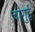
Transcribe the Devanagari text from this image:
चांगुई